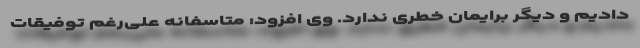
دادیم و دیگر برایمان خطری ندارد. وی افزود: متاسفانه علی‌رغم توفیقات